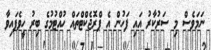
ނަމަވެސް މި ސަރުކާރު އައި ފަހުން އެ ޕްރޮޖެކްޓްތައް ހުއްޓުމުގެ ބިރު ހީވެފައިވާ